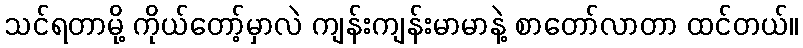
သင်ရတာမို့ ကိုယ်တော့်မှာလဲ ကျန်းကျန်းမာမာနဲ့ စာတော်လာတာ ထင်တယ်။